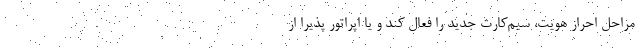
مراحل احراز هویت، سیم‌کارت جدید را فعال کند و یا اپراتور پذیرا از